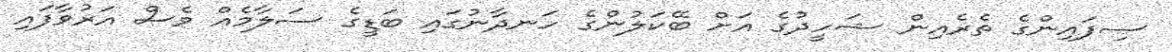
ސިފައިންގެ ތެރެއިން ޝަހީދުގެ އަށް ބޭކަލުންގެ ހަނދާނުގައި ބަޑީގެ ސަލާމެއް ވެސް އަރުވާފައި